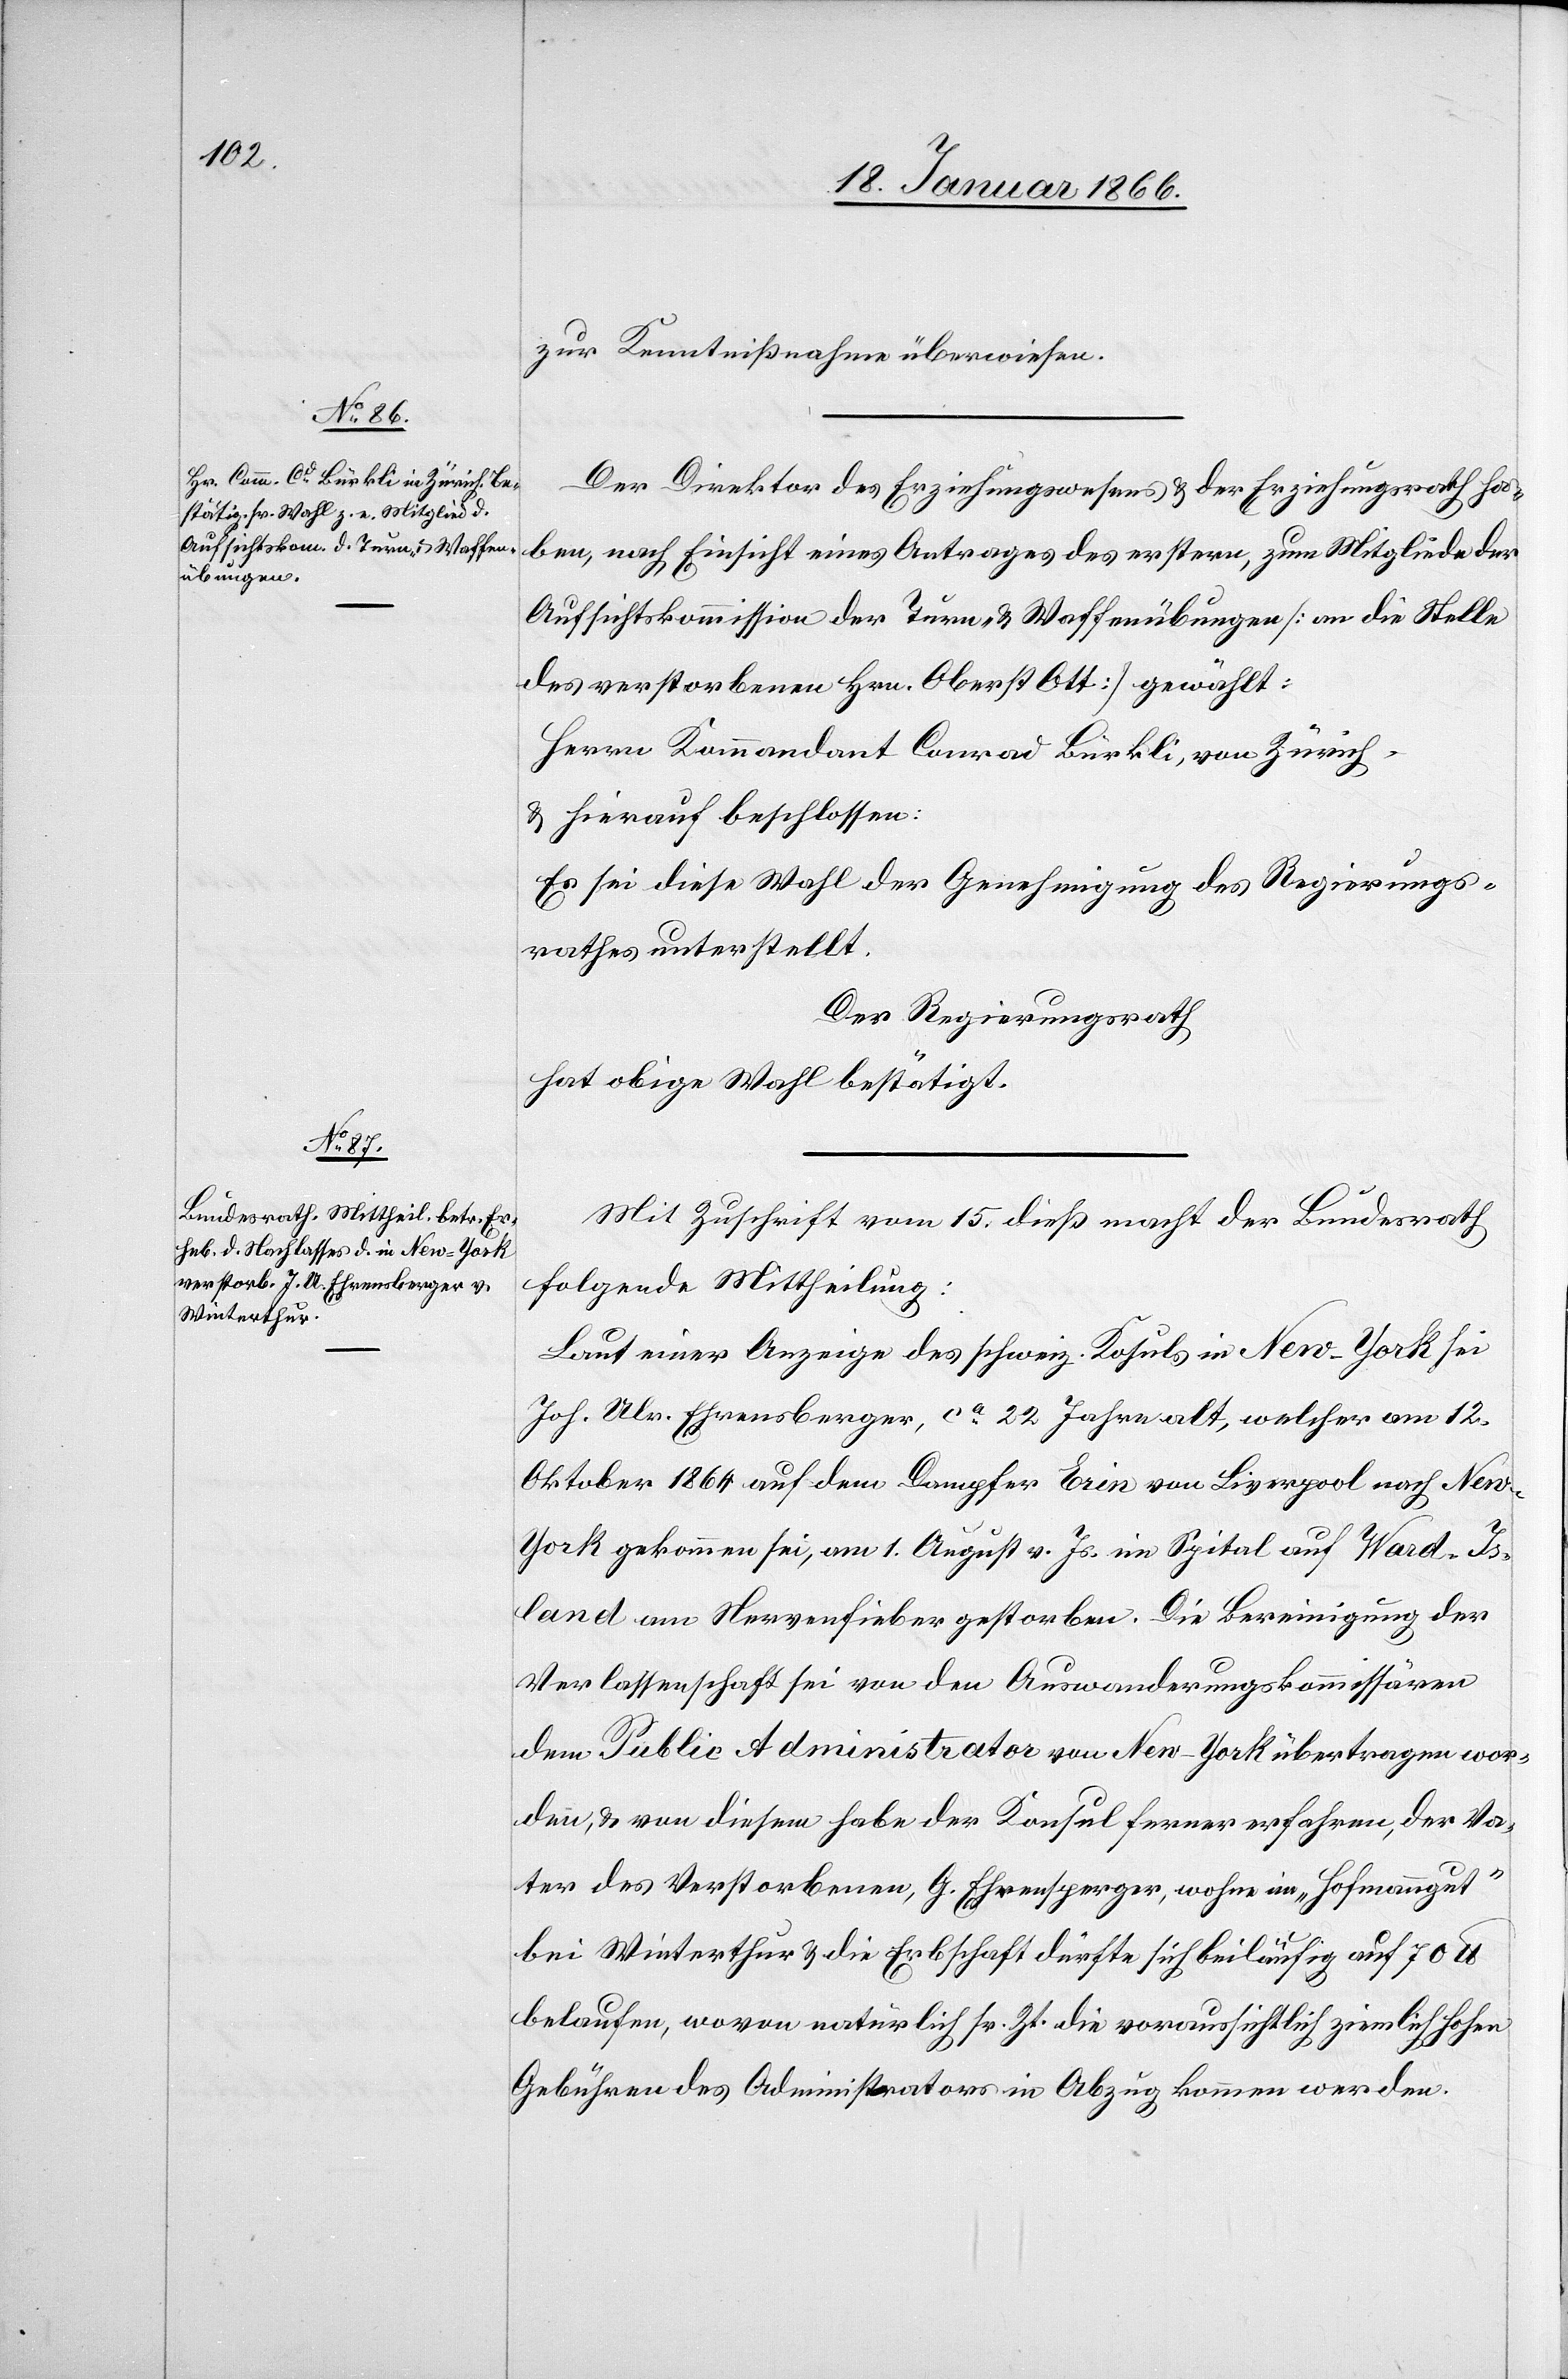
zur Kenntnißnahme überwiesen.
Der Direktor des Erziehungswesens u. der Erziehungsrath ha¬
ben, nach Einsicht eines Antrages des erstern, zum Mitglied der
Aufsichtskommission der Turn- u. Waffenübungen [an die Stelle
des verstorbenen Hrn. Oberst Ott] gewählt:
Herrn Kommandant Conrad Bürkli, von Zürich.
u. hierauf beschlossen:
Es sei diese Wahl der Genehmigung des Regierungs¬
rathes unterstellt.
Der Regierungsrath
hat obige Wahl bestätigt.
Mit Zuschrift vom 15. dieß macht der Bundesrath
folgende Mittheilung:
Laut einer Anzeige des schweiz. Ko[n]suls in New-York sei
Joh. Ulr. Ehrensberger, ca. 22 Jahre alt, welcher am 12.
Oktober 1864 auf dem Dampfer Erin von Liverpool nach New-Y¬
ork gekommen sei, am 1. August v. Js. im Spital auf Ward-Is¬
land am Nervenfieber gestorben. Die Bereinigung der
Verlassenschaft sei von den Auswanderungskommissären
dem Public Administrator von New-York übertragen wor¬
den, u. von diesem habe der Konsul ferner erfahren, der Va¬
ter des Verstorbenen, G. Ehrensperger [sic!], wohne im „Hofmanngut“
bei Winterthur u. die Erbschaft dürfte sich beiläufig auf 70 lb
belaufen, wovon natürlich sr. Zt. die voraussichtlich ziemlich hohen
Gebühren des Administrators in Abzug kommen werden.